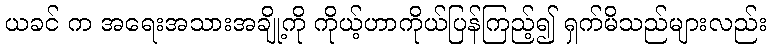
ယခင် က အရေးအသားအချို့ကို ကိုယ့်ဟာကိုယ်ပြန်ကြည့်၍ ရှက်မိသည်များလည်း